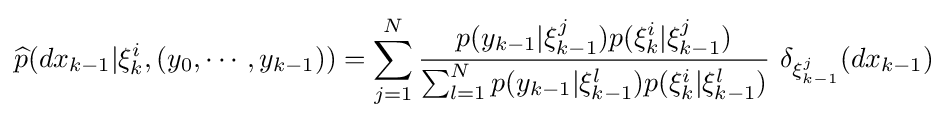
{\widehat {p}}(dx_{k-1}|\xi _{k}^{i},(y_{0},\cdots ,y_{k-1}))=\sum _{j=1}^{N}{\frac {p(y_{k-1}|\xi _{k-1}^{j})p(\xi _{k}^{i}|\xi _{k-1}^{j})}{\sum _{l=1}^{N}p(y_{k-1}|\xi _{k-1}^{l})p(\xi _{k}^{i}|\xi _{k-1}^{l})}}~\delta _{\xi _{k-1}^{j}}(dx_{k-1})